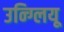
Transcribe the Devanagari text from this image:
उन्ग्लियू